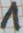
Text: 1